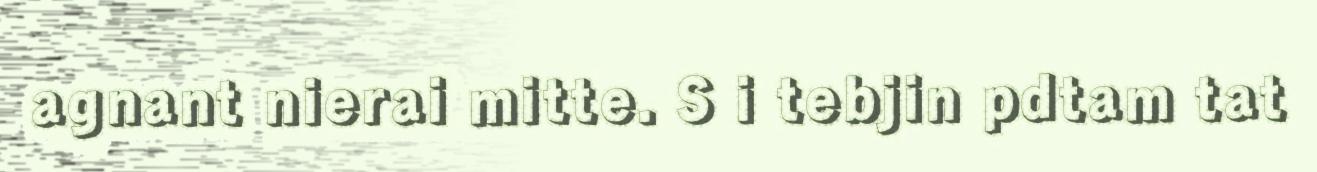
agnant nierai mitte. S i tebjin pdtam tat